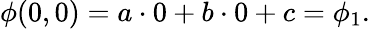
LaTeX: \phi(0,0)=a\cdot 0+b\cdot 0+c=\phi_{1}.